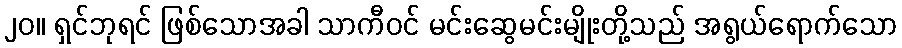
၂၀။ ရှင်ဘုရင် ဖြစ်သောအခါ သာကီဝင် မင်းဆွေမင်းမျိုးတို့သည် အရွယ်ရောက်သော